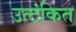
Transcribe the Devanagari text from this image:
उत्टंकित